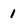
Character: 1